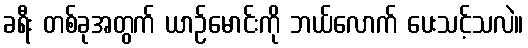
ခရီး တစ်ခုအတွက် ယာဉ်မောင်းကို ဘယ်လောက် ပေးသင့်သလဲ။